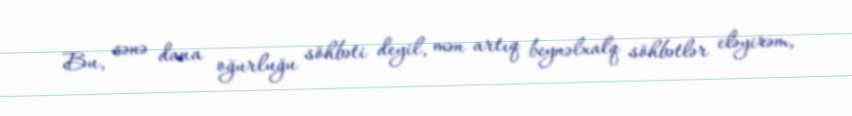
Bu, sənə dana oğurluğu söhbəti deyil, mən artıq beynəlxalq söhbətlər eləyirəm,